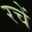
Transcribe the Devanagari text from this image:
रचें